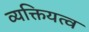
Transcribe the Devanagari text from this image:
व्यक्तियत्व